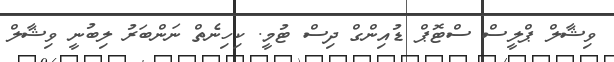
ވިޝާލް ޕްލީސް ސްޓޮޕް ޑުއިންގް ދިސް ޓުމީ. ކިހިނެތް ނަންބަރު ލިބުނީ ވިޝާލް